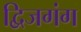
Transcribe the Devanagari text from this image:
द्विजगंग